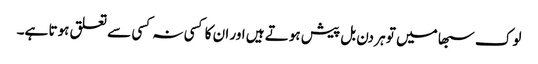
لوک سبھا میں تو ہر دن بل پیش ہوتے ہیں اور ان کا کسی نہ کسی سے تعلق ہوتا ہے۔